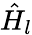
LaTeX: \hat{H}_{l}